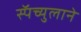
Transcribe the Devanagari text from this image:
स्पॅच्युलाने